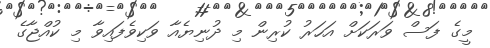
މީގެ ފަސް ވަރަކަށް އަހަރު ކުރިން މި ދުނިޔެއާ ވަކިވެފައިވާ މި ކުއްޖާގެ